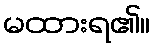
မထားရ၏။